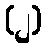
(၂)